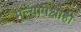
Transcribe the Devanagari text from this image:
मूल्यापेक्षाही